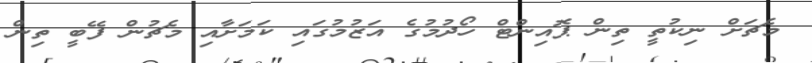
މެޗަށް ނިކުތީ ތިން ޕޮއިންޓް ހޯދުމުގެ އަޒުމުގައި ކަމަށާއި މެޗުން ފޭބީ ތިން